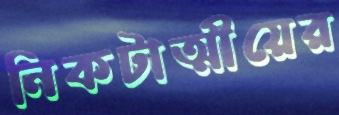
নিকটাত্মীয়ের